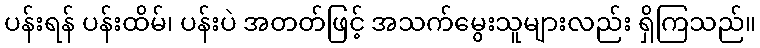
ပန်းရန် ပန်းထိမ်၊ ပန်းပဲ အတတ်ဖြင့် အသက်မွေးသူများလည်း ရှိကြသည်။